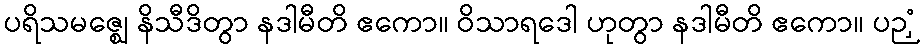
ပရိသမဇ္ဈေ နိသီဒိတွာ နဒါမီတိ ဧကော။ ဝိသာရဒေါ ဟုတွာ နဒါမီတိ ဧကော။ ပဉှံ